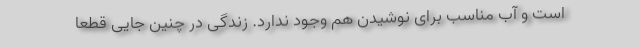
است و آب مناسب برای نوشیدن هم وجود ندارد. زندگی در چنین جایی قطعا